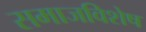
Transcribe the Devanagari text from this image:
समाजविशेष